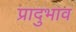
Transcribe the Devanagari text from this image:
प्रादुभाव